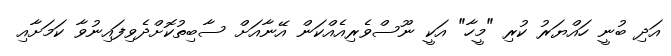
އަދި ބުނީ ހައްޔަރު ކުރި "މީހާ" އަކީ ނޫސްވެރިއެއްކަން އޭނާއަށް ސާބިތުކޮށްދެވިފައިނުވާ ކަމަށާއި